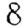
Digit: 8